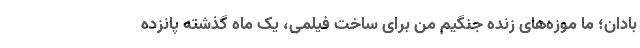
بادان؛ ما موزه‌های زنده جنگیم من برای ساخت فیلمی، یک ماه گذشته پانزده